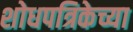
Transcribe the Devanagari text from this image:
शोधपत्रिकेच्या